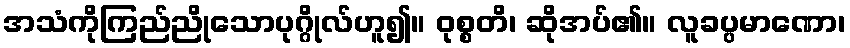
အသံကိုကြည်ညိုသောပုဂ္ဂိုလ်ဟူ၍။ ဝုစ္စတိ၊ ဆိုအပ်၏။ လူခပ္ပမာဏော၊